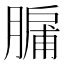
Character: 𮌸